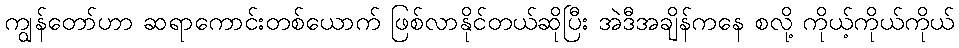
ကျွန်တော်ဟာ ဆရာကောင်းတစ်ယောက် ဖြစ်လာနိုင်တယ်ဆိုပြီး အဲဒီအချိန်ကနေ စလို့ ကိုယ့်ကိုယ်ကိုယ်